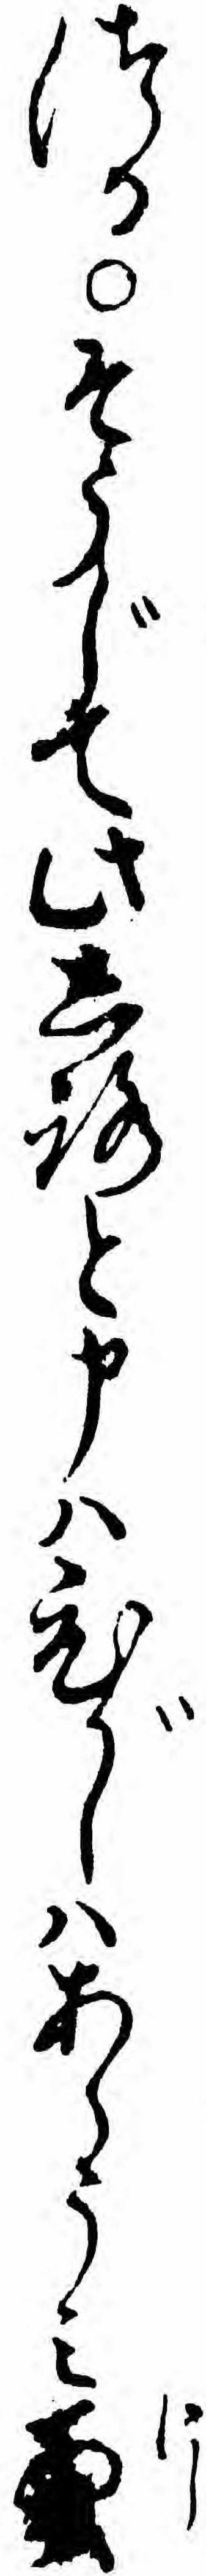
つるそうじて此しろと申ハひがしハあらうミ西ハ